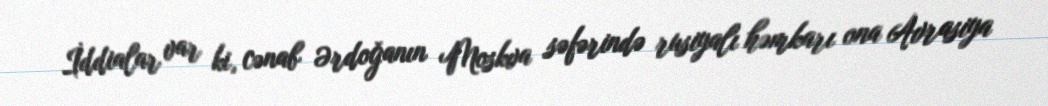
İddialar var ki, cənab Ərdoğanın Moskva səfərində rusiyalı həmkarı ona Avrasiya